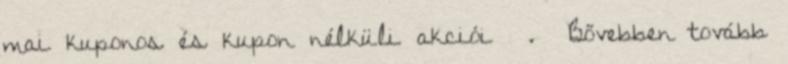
mai kuponos és kupon nélküli akciói . Bővebben tovább